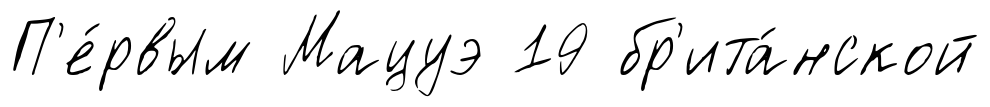
П'е́рвым Мацуэ 19 бр'ита́нской